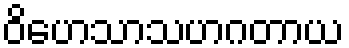
ဝိဟေသာသဟဂတာယ